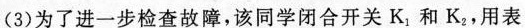
(3)为了进一步检查故障，该同学闭合开关K_{1}和K_{2}，用表